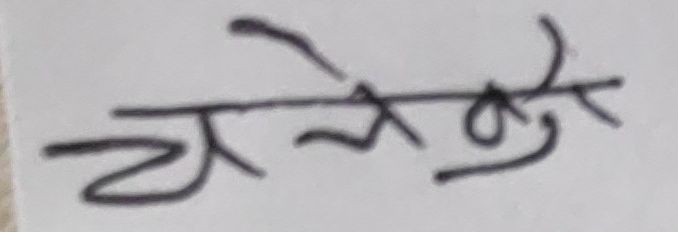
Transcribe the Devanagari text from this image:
चलुके